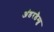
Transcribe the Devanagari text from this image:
अंडरडैम्प्ड